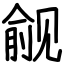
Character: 觎